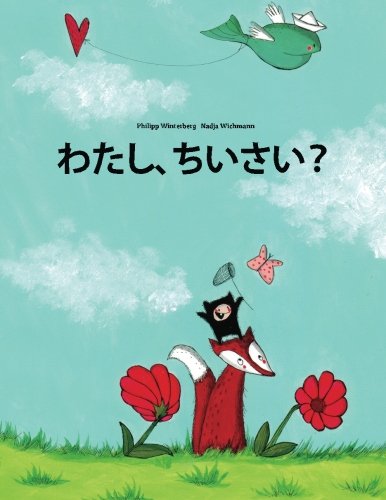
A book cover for Watashi, chisai?: Philipp Winterberg to Nadja Wichmann no ehon (Japanese Edition); Philipp Winterberg; Children's Books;